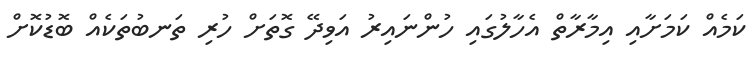
ކަމެއް ކަމަށާއި އިމާރާތް އެހާލުގައި ހުންނައިރު އަވިދޭ ގޮތަށް ހުރި ތަނބުތަކެއް ބޮޑުކޮށް